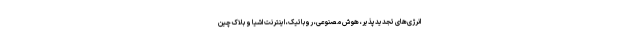
انرژی‌های تجدیدپذیر، هوش مصنوعی، روباتیک، اینترنت اشیا و بلاک چین